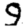
Digit: 9